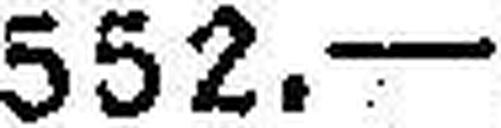
552.—